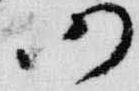
仍